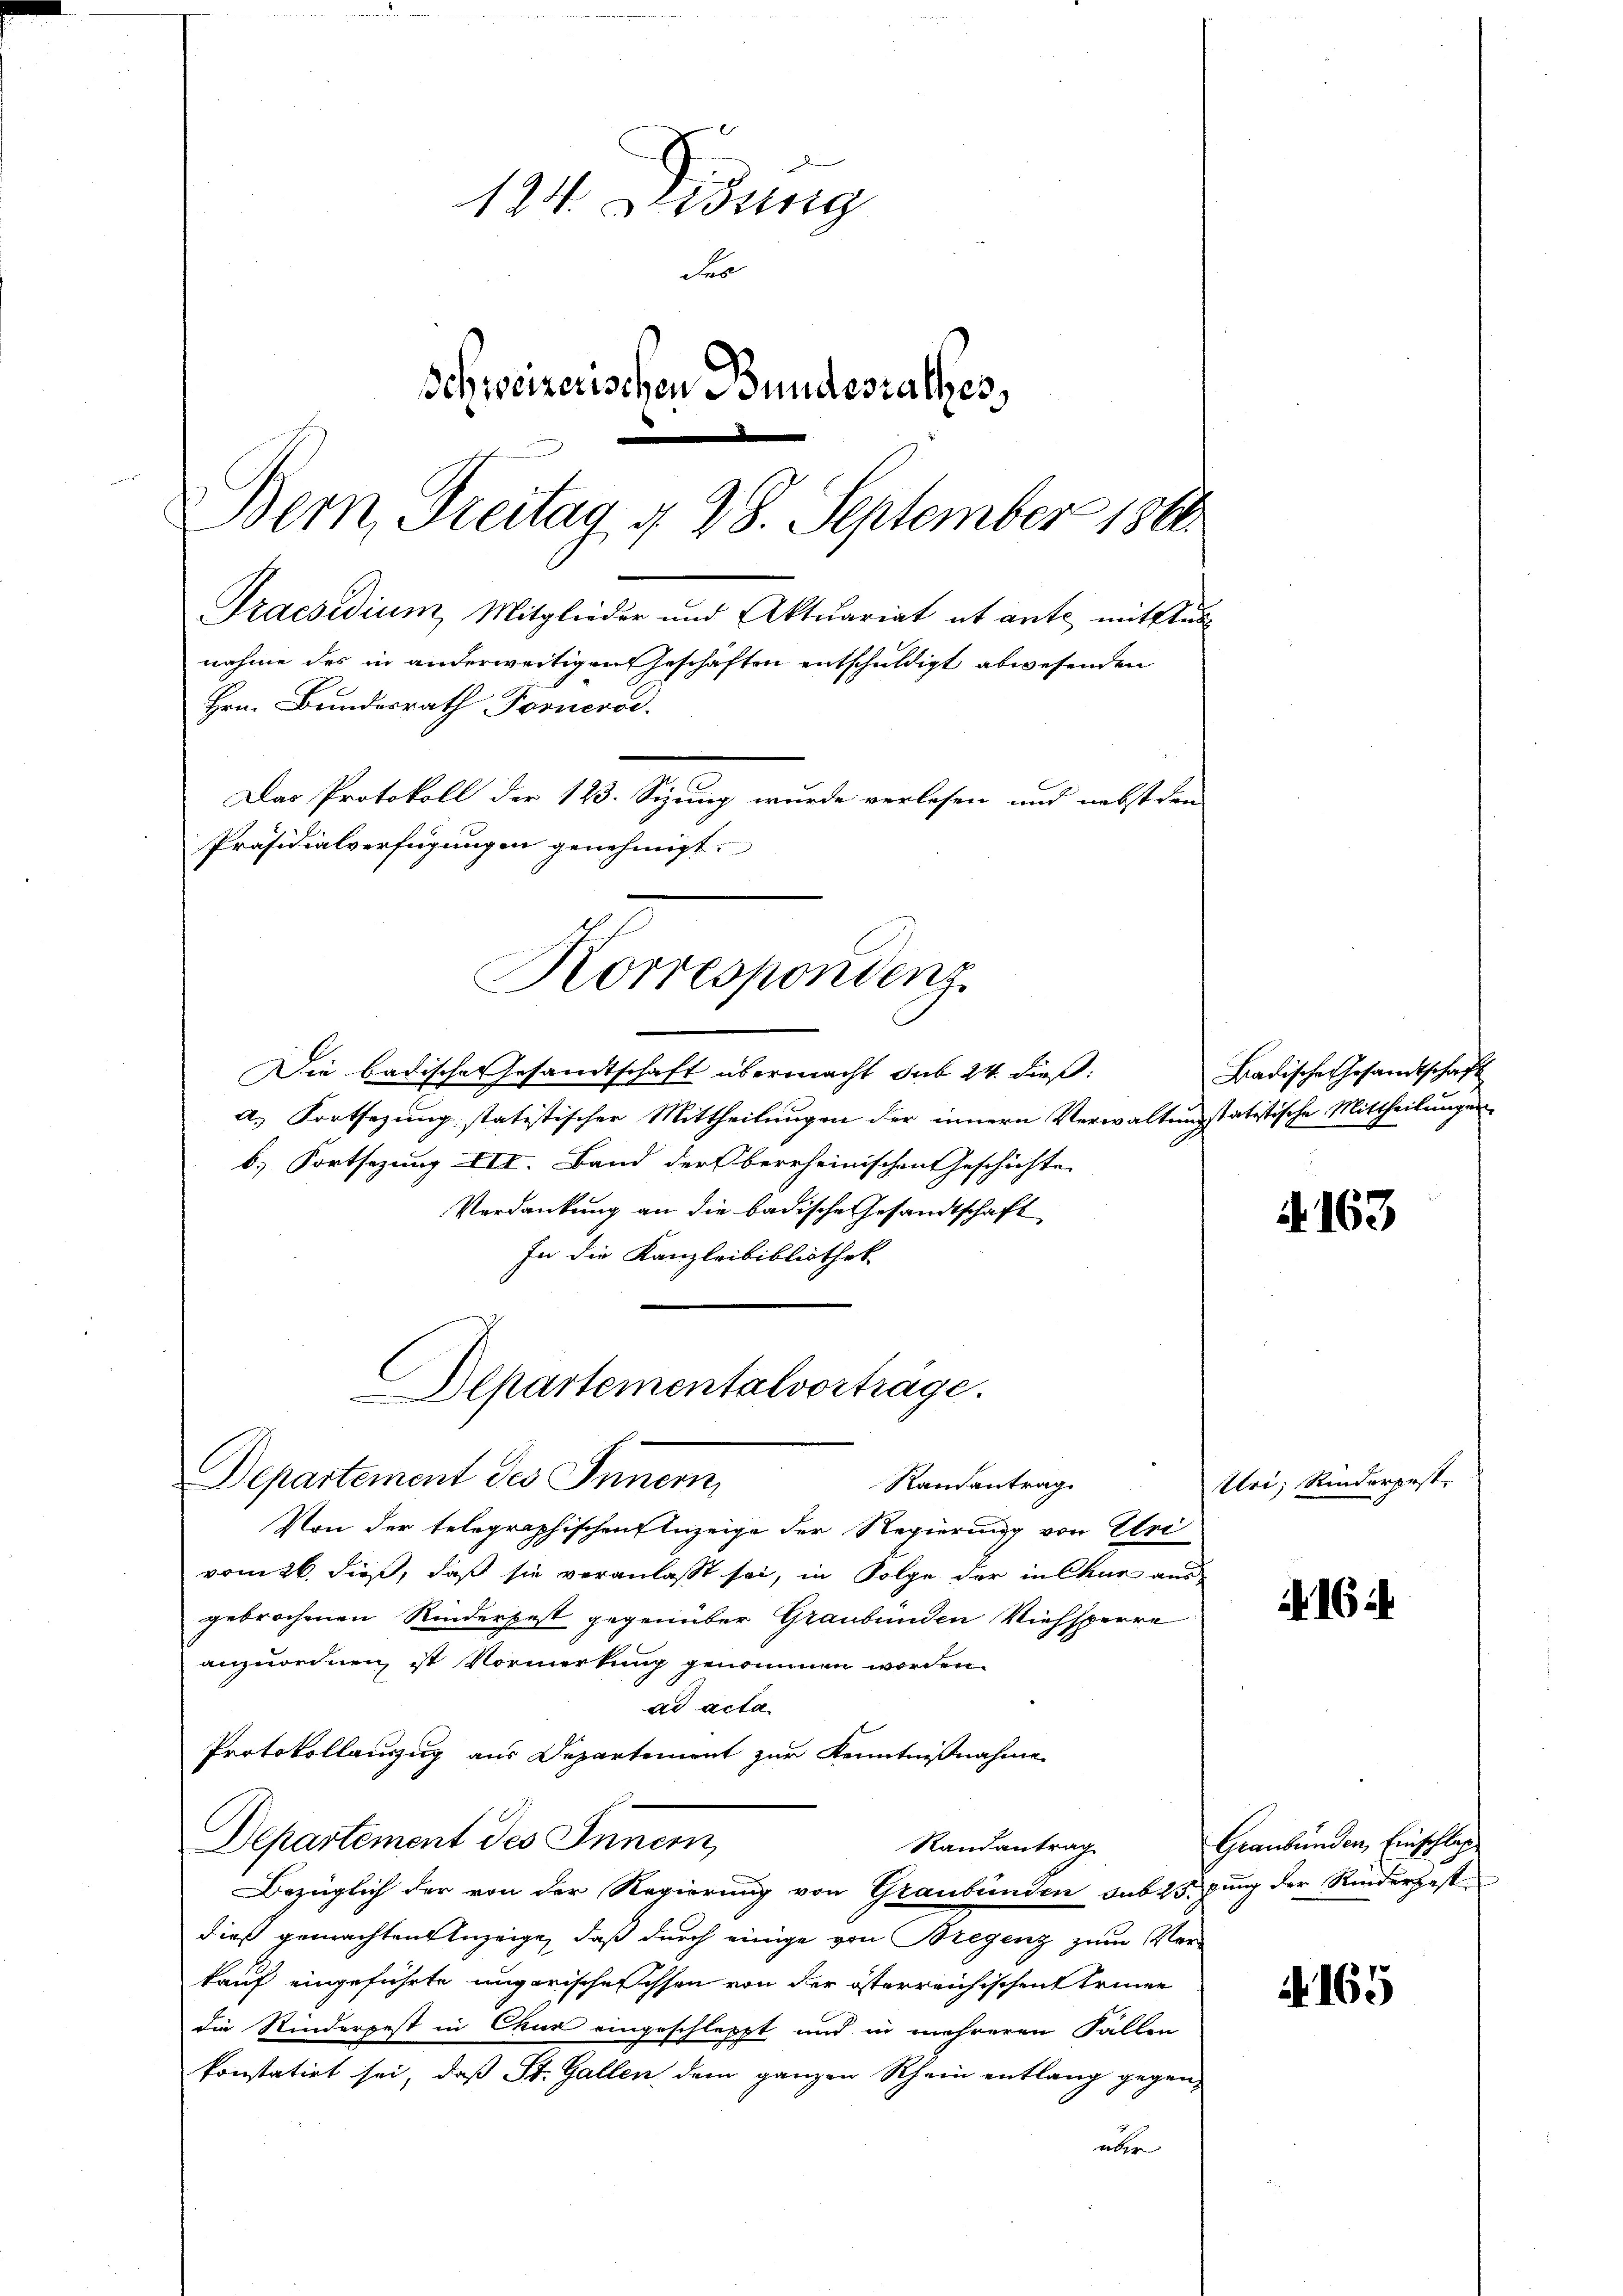
124. Didung
der
Schweizerischen Bundesrathes,
.
Bern, Freitag d. 28. September 186
Praesidium, Mitglieder und Aktuariat et ante mittlus
nahme des in anderweitigen Geschäften entschuldigt abwesenden
Hrn. Bundesrath Fornerod.
Das Protokoll der 123. Sizung wurde verlesen und nebst den
Präsidialverfügungen genehmigt.

Korrespondenz.

epartementalvorträge.
Departement des Innern,
Randantrag.

Die badische Gesandtschaft übermacht sub 24 dieß:
a.) Fortsezung statistischer Mittheilungen der innern Verwaltung statistische Mittheilungen
b.) Fortsezung III. Band der Oberrheinischen Geschichte
Verdankung an die badische Gesandtschaft
In die Kanzleibibliothek
Von der telegraphischen Anzeige der Regierung von Uri
vom 26. dieß, daß sie veranlasst sei, in Folge der in Chur aus
gebrochenen Rindersest gegenüber Graubünden Viehsperre
anzuordnen, ist Vormerkung genommen worden.
ad acta
Protokollauszug aus Departement zur Kenntnißnahme
Departement des Inner,
Randantrag
Bezüglich der von der Regierung von Graubünden sub 25. Jung der Riederhast
dieß gemachten Anzeige, daß durch einige von Bregenz zum Verkauf eingeführte ungarischechsen von der österreichischen Erinne
die Kinderpest in Chur eingeschleppt und in mehreren Fallen
konstatirt sei, daß St. Gallen dem ganzen Rhein entlang gegenüber

Badische Gesandtschaft

d. 163

Uri; Rinderpest.

162.

Graubünden Einschlag

A 165